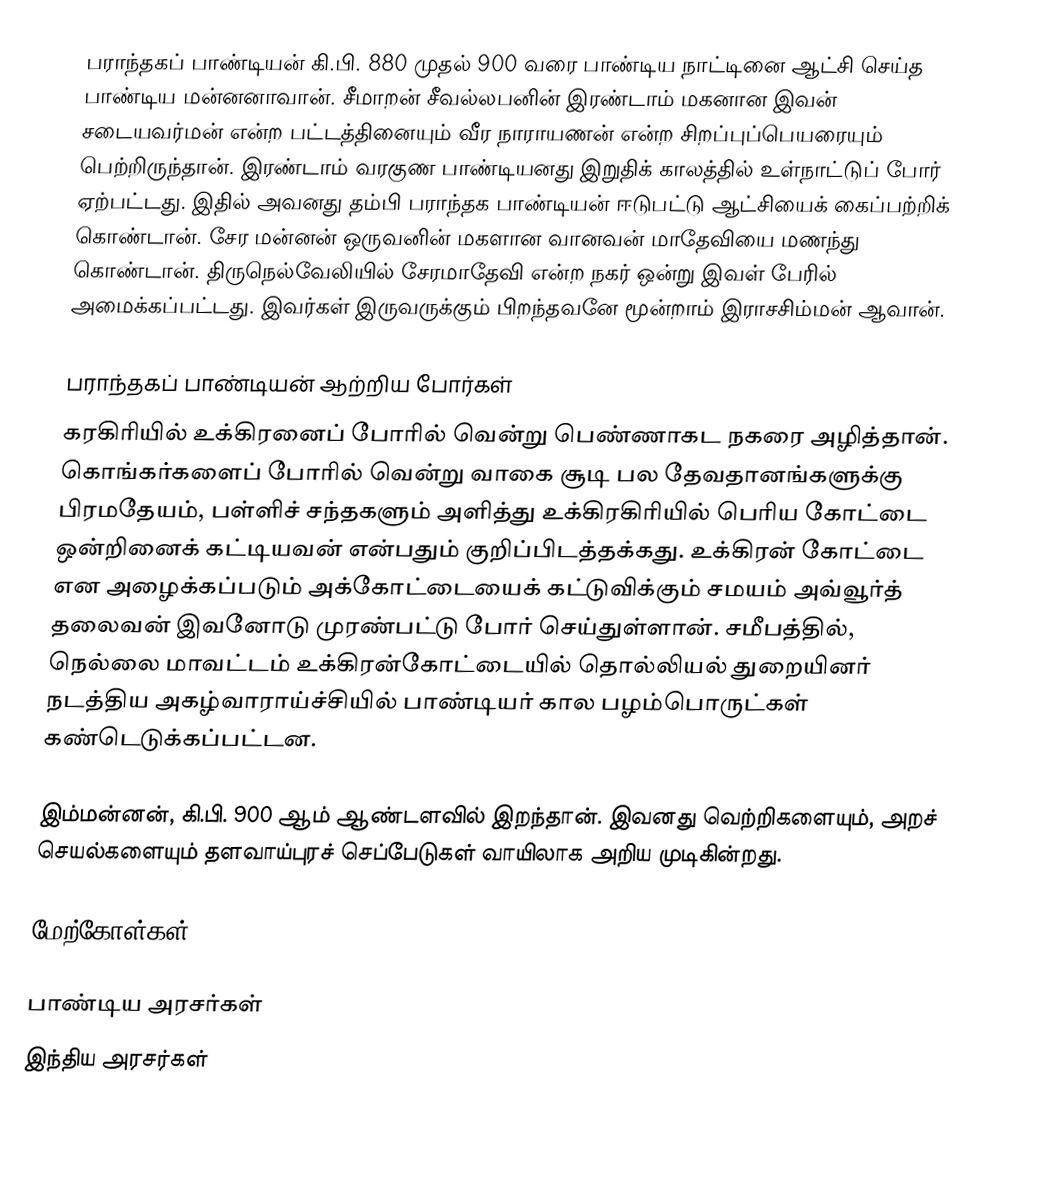
பராந்தகப் பாண்டியன் கி.பி. 880 முதல் 900 வரை பாண்டிய நாட்டினை ஆட்சி செய்த பாண்டிய மன்னனாவான். சீமாறன் சீவல்லபனின் இரண்டாம் மகனான இவன் சடையவர்மன் என்ற பட்டத்தினையும் வீர நாராயணன் என்ற சிறப்புப்பெயரையும் பெற்றிருந்தான். இரண்டாம் வரகுண பாண்டியனது இறுதிக் காலத்தில் உள்நாட்டுப் போர் ஏற்பட்டது. இதில் அவனது தம்பி பராந்தக பாண்டியன் ஈடுபட்டு ஆட்சியைக் கைப்பற்றிக் கொண்டான். சேர மன்னன் ஒருவனின் மகளான வானவன் மாதேவியை மணந்து கொண்டான். திருநெல்வேலியில் சேரமாதேவி என்ற நகர் ஒன்று இவள் பேரில் அமைக்கப்பட்டது. இவர்கள் இருவருக்கும் பிறந்தவனே மூன்றாம் இராசசிம்மன் ஆவான்.

பராந்தகப் பாண்டியன் ஆற்றிய போர்கள்
கரகிரியில் உக்கிரனைப் போரில் வென்று பெண்ணாகட நகரை அழித்தான். கொங்கர்களைப் போரில் வென்று வாகை சூடி பல தேவதானங்களுக்கு பிரமதேயம், பள்ளிச் சந்தகளும் அளித்து உக்கிரகிரியில் பெரிய கோட்டை ஒன்றினைக் கட்டியவன் என்பதும் குறிப்பிடத்தக்கது. உக்கிரன் கோட்டை என அழைக்கப்படும் அக்கோட்டையைக் கட்டுவிக்கும் சமயம் அவ்வூர்த் தலைவன் இவனோடு முரண்பட்டு போர் செய்துள்ளான். சமீபத்தில், நெல்லை மாவட்டம் உக்கிரன்கோட்டையில் தொல்லியல் துறையினர் நடத்திய அகழ்வாராய்ச்சியில் பாண்டியர் கால பழம்பொருட்கள் கண்டெடுக்கப்பட்டன.

இம்மன்னன், கி.பி. 900 ஆம் ஆண்டளவில் இறந்தான். இவனது வெற்றிகளையும், அறச் செயல்களையும் தளவாய்புரச் செப்பேடுகள் வாயிலாக அறிய முடிகின்றது.

மேற்கோள்கள்

பாண்டிய அரசர்கள்
இந்திய அரசர்கள்